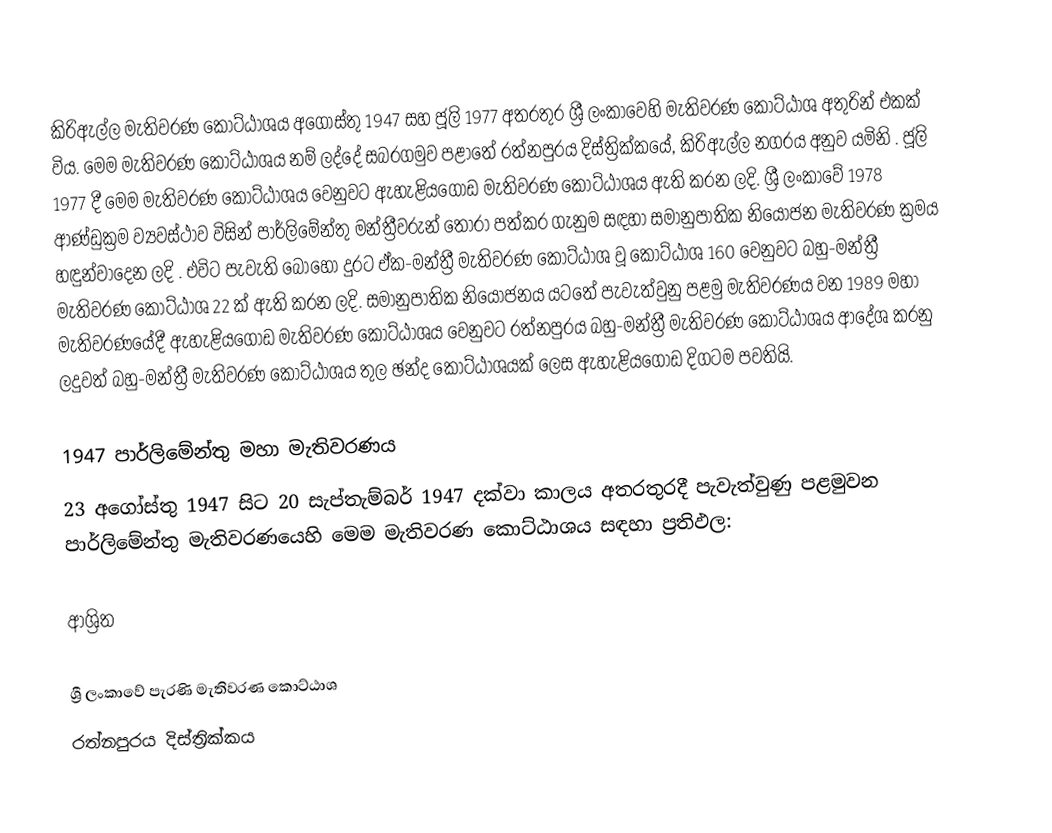
කිරිඇල්ල මැතිවරණ කොට්ඨාශය  අගෝස්තු 1947 සහ ජූලි 1977 අතරතුර  ශ්‍රී ලංකාවෙහි  මැතිවරණ කොට්ඨාශ අතුරින් එකක් විය. මෙම මැතිවරණ කොට්ඨාශය නම් ලද්දේ  සබරගමුව පළාතේ  රත්නපුරය  දිස්ත්‍රික්කයේ,  කිරිඇල්ල නගරය අනුව යමිනි . ජූලි 1977 දී මෙම මැතිවරණ කොට්ඨාශය වෙනුවට ඇහැළියගොඩ මැතිවරණ කොට්ඨාශය ඇති කරන ලදි.  ශ්‍රී ලංකාවේ 1978 ආණ්ඩුක්‍රම ව්‍යවස්ථාව විසින්   පාර්ලිමේන්තු මන්ත්‍රීවරුන් තෝරා පත්කර ගැනුම සඳහා සමානුපාතික නියෝජන මැතිවරණ ක්‍රමය හඳුන්වාදෙන ලදි . එවිට පැවැති බොහෝ දුරට  ඒක-මන්ත්‍රී මැතිවරණ කොට්ඨාශ වූ කොට්ඨාශ 160 වෙනුවට බහු-මන්ත්‍රී මැතිවරණ කොට්ඨාශ 22 ක් ඇති කරන ලදි. සමානුපාතික නියෝජනය යටතේ පැවැත්වුනු පළමු මැතිවරණය වන 1989 මහා මැතිවරණයේදී  ඇහැළියගොඩ මැතිවරණ කොට්ඨාශය වෙනුවට  රත්නපුරය බහු-මන්ත්‍රී මැතිවරණ කොට්ඨාශය  ආදේශ කරනු ලදුවත් බහු-මන්ත්‍රී මැතිවරණ කොට්ඨාශය තුල ඡන්ද කොට්ඨාශයක් ලෙස ඇහැළියගොඩ දිගටම පවතියි.

1947 පාර්ලිමේන්තු මහා මැතිවරණය
23 අගෝස්තු 1947 සිට 20 සැප්තැම්බර් 1947 දක්වා කාලය අතරතුරදී පැවැත්වුණු පළමුවන පාර්ලිමේන්තු මැතිවරණයෙහි මෙම මැතිවරණ කොට්ඨාශය සඳහා ප්‍රතිඵල:

ආශ්‍රිත

ශ්‍රී ලංකාවේ පැරණි මැතිවරණ කොට්ඨාශ
 රත්නපුරය දිස්ත්‍රික්කය